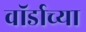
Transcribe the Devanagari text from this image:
वॉर्डाच्या